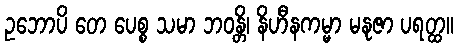
ဥဘောပိ တေ ပေစ္စ သမာ ဘဝန္တိ၊ နိဟီနကမ္မာ မနုဇာ ပရတ္ထ။